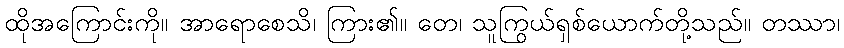
ထိုအကြောင်းကို။ အာရောစေသိ၊ ကြား၏။ တေ၊ သူကြွယ်ရှစ်ယောက်တို့သည်။ တဿာ၊